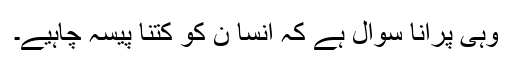
وہی پرانا سوال ہے کہ انسا ن کو کتنا پیسہ چاہیے۔